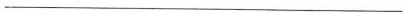
___